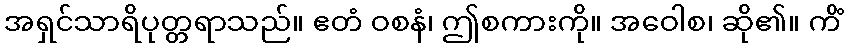
အရှင်သာရိပုတ္တရာသည်။ ဧတံ ဝစနံ၊ ဤစကားကို။ အဝေါစ၊ ဆို၏။ ကိံ